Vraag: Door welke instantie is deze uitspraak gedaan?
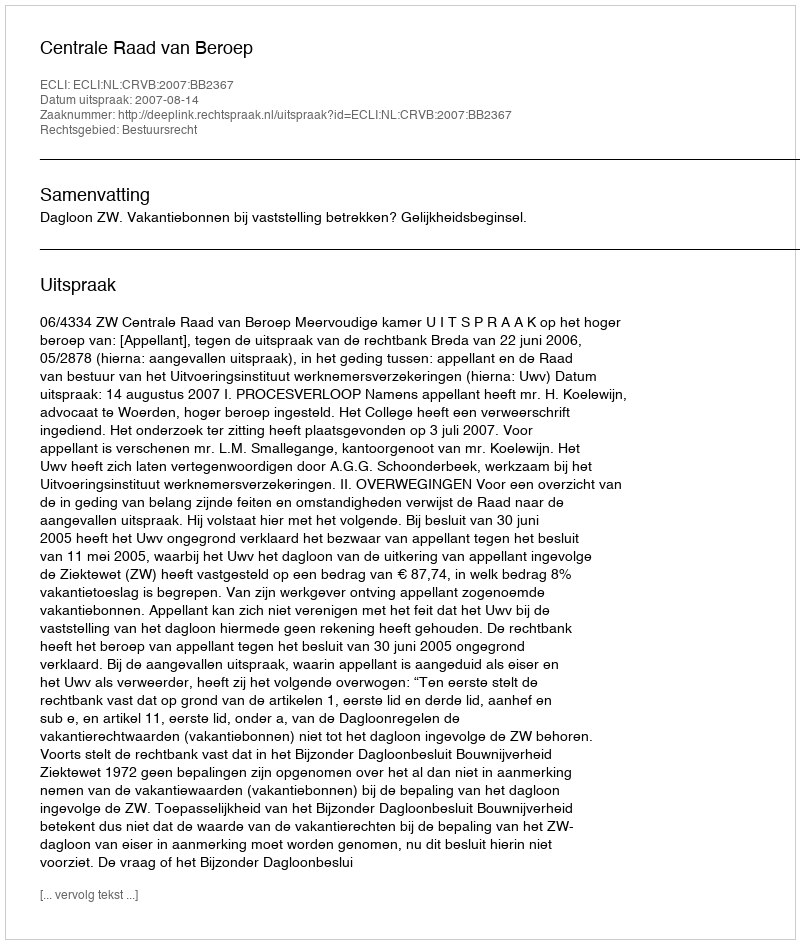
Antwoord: Centrale Raad van Beroep